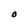
Character: 0